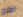
اطرح